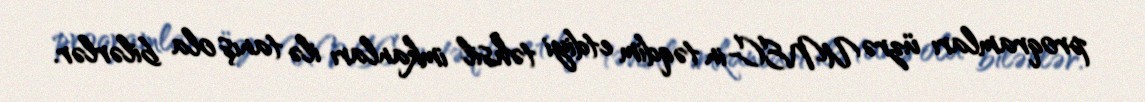
proqramları üzrə UNEC-in təqdim etdiyi təhsil imkanları ilə tanış ola bilərlər.